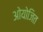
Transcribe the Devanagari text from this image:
ओयोजित